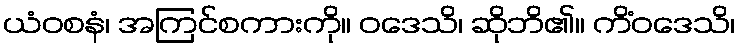
ယံဝစနံ၊ အကြင်စကားကို။ ဝဒေသိ၊ ဆိုဘိ၏။ ကိံဝဒေသိ၊